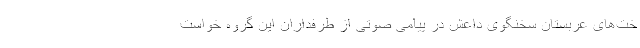
خت‌های عربستان سخنگوی داعش در پیامی صوتی از طرفداران این گروه خواست